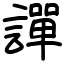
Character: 譂